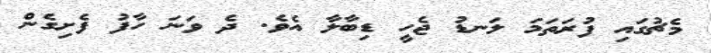
މެޗުގައި ފުރަތަމަ ލަނޑު ޖެހީ ޑިބާލާ އެވެ. ދެ ވަނަ ހާފު ފެށިގެން